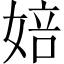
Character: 婄